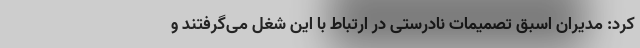
کرد: مدیران اسبق تصمیمات نادرستی در ارتباط با این شغل می‌گرفتند و